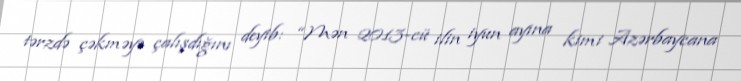
tərzdə çəkməyə çalışdığını deyib: “Mən 2013-cü ilin iyun ayına kimi Azərbaycana